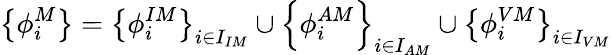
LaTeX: \left\{ \phi_{i}^{M}\right\} =\left\{ \phi_{i}^{IM}\right\} _{i\in I_{IM}}\cup\left\{ \phi_{i}^{AM}\right\} _{i\in I_{AM}}\cup\left\{ \phi_{i}^{VM}\right\} _{i\in I_{VM}}